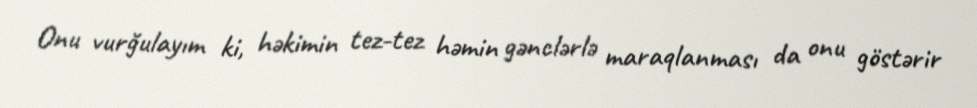
Onu vurğulayım ki, həkimin tez-tez həmin gənclərlə maraqlanması da onu göstərir